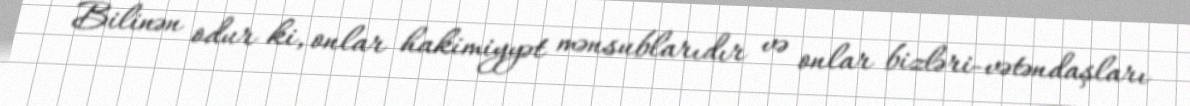
Bilinən odur ki, onlar hakimiyyət mənsublarıdır və onlar bizləri-vətəndaşları